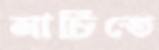
নাচিতে